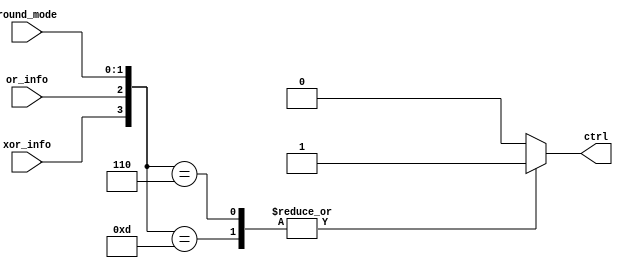
`timescale 1ns / 1ps
//////////////////////////////////////////////////////////////////////////////////
// Company:
// Engineer:
//
// Design Name:
// Module Name:    Deco_Round_Mult
// Project Name:
// Target Devices:
// Tool versions:
// Description:
//
// Dependencies:
//
// Revision:
// Revision 0.01 - File Created
// Additional Comments:
//
//////////////////////////////////////////////////////////////////////////////////
module Deco_Round_Mult(
	input wire [1:0] round_mode,
	input wire or_info, //23 less significant bits from the product of significands
	input wire xor_info, //Brings information about the sign of the operation
	output reg ctrl //control signal mux --- control of the rounded significand
    );

wire round_ok;

always @*
  case ({xor_info,or_info,round_mode})
 // Round to infinity - (Round down)
//1'b0: Let pass the significand without rounding
//1'b1: Let pass the rounded significand

//Round towards - infinity
//0: positive number ; 01: Round towards - inifnity ; XX rounding bits

	//Positive Number
	//xor, or, round
	4'b0101: ctrl <= 1'b0;

	//Negative Number

	4'b1101: ctrl <= 1'b1;

//Round towards + infinity

	//Positive Number

	4'b0110: ctrl <= 1'b1;

	//Negative Number

	4'b1110: ctrl <= 1'b0;

   default: ctrl <= 1'b0; //Truncation
   endcase

endmodule